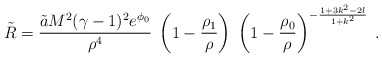
\begin{align*}\tilde{R} = \frac{\tilde{a} M^2 (\gamma - 1)^2 e^{\phi_0}}{\rho^4} \;\left(1 - \frac{\rho_1}{\rho}\right) \;\left(1 - \frac{\rho_0}{\rho}\right)^{- \frac{1 + 3 k^2 - 2 l}{1 + k^2}}\; .\end{align*}